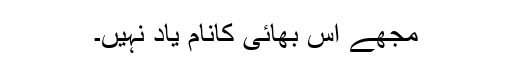
مجھے اس بھائی کانام یاد نہیں۔